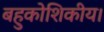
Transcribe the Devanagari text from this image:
बहुकोशिकीय।